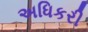
અધિકરી